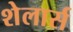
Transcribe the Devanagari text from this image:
शेलार्स